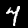
Label: 4